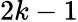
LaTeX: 2k-1